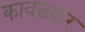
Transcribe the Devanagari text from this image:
कावडकर